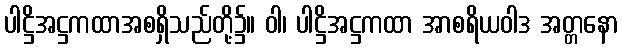
ပါဋ္ဌိအဋ္ဌကထာအစရှိသည်တို့၌။ ဝါ၊ ပါဋ္ဌိအဋ္ဌကထာ အာစရိယဝါဒ အတ္တနော